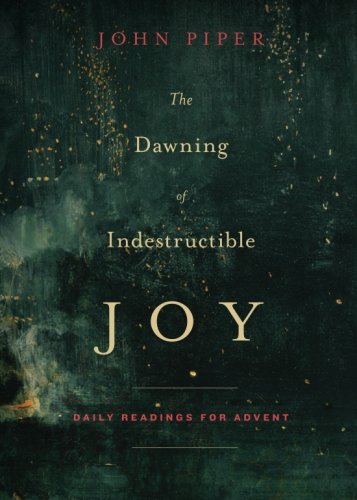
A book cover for The Dawning of Indestructible Joy: Daily Readings for Advent; John Piper; Christian Books & Bibles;